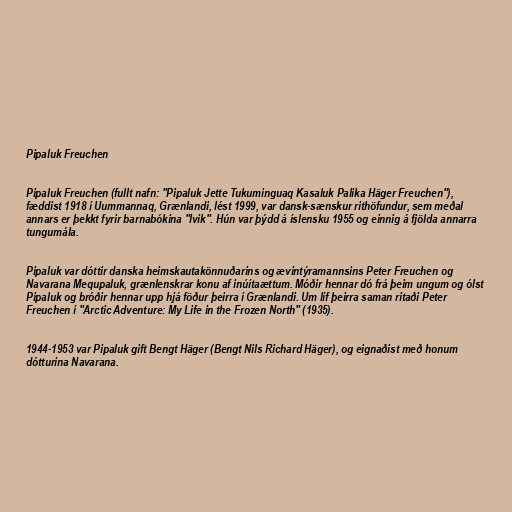
Pipaluk Freuchen

Pipaluk Freuchen (fullt nafn: "Pipaluk Jette Tukuminguaq Kasaluk Palika Häger Freuchen"),
fæddist 1918 í Uummannaq, Grænlandi, lést 1999, var dansk-sænskur rithöfundur, sem meðal
annars er þekkt fyrir barnabókina "Ivik". Hún var þýdd á íslensku 1955 og einnig á fjölda annarra
tungumála.

Pipaluk var dóttir danska heimskautakönnuðarins og ævintýramannsins Peter Freuchen og
Navarana Mequpaluk, grænlenskrar konu af inúítaættum. Móðir hennar dó frá þeim ungum og ólst
Pipaluk og bróðir hennar upp hjá föður þeirra í Grænlandi. Um líf þeirra saman ritaði Peter
Freuchen í "Arctic Adventure: My Life in the Frozen North" (1935).

1944-1953 var Pipaluk gift Bengt Häger (Bengt Nils Richard Häger), og eignaðist með honum
dótturina Navarana.